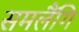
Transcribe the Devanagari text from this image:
समलैंगि